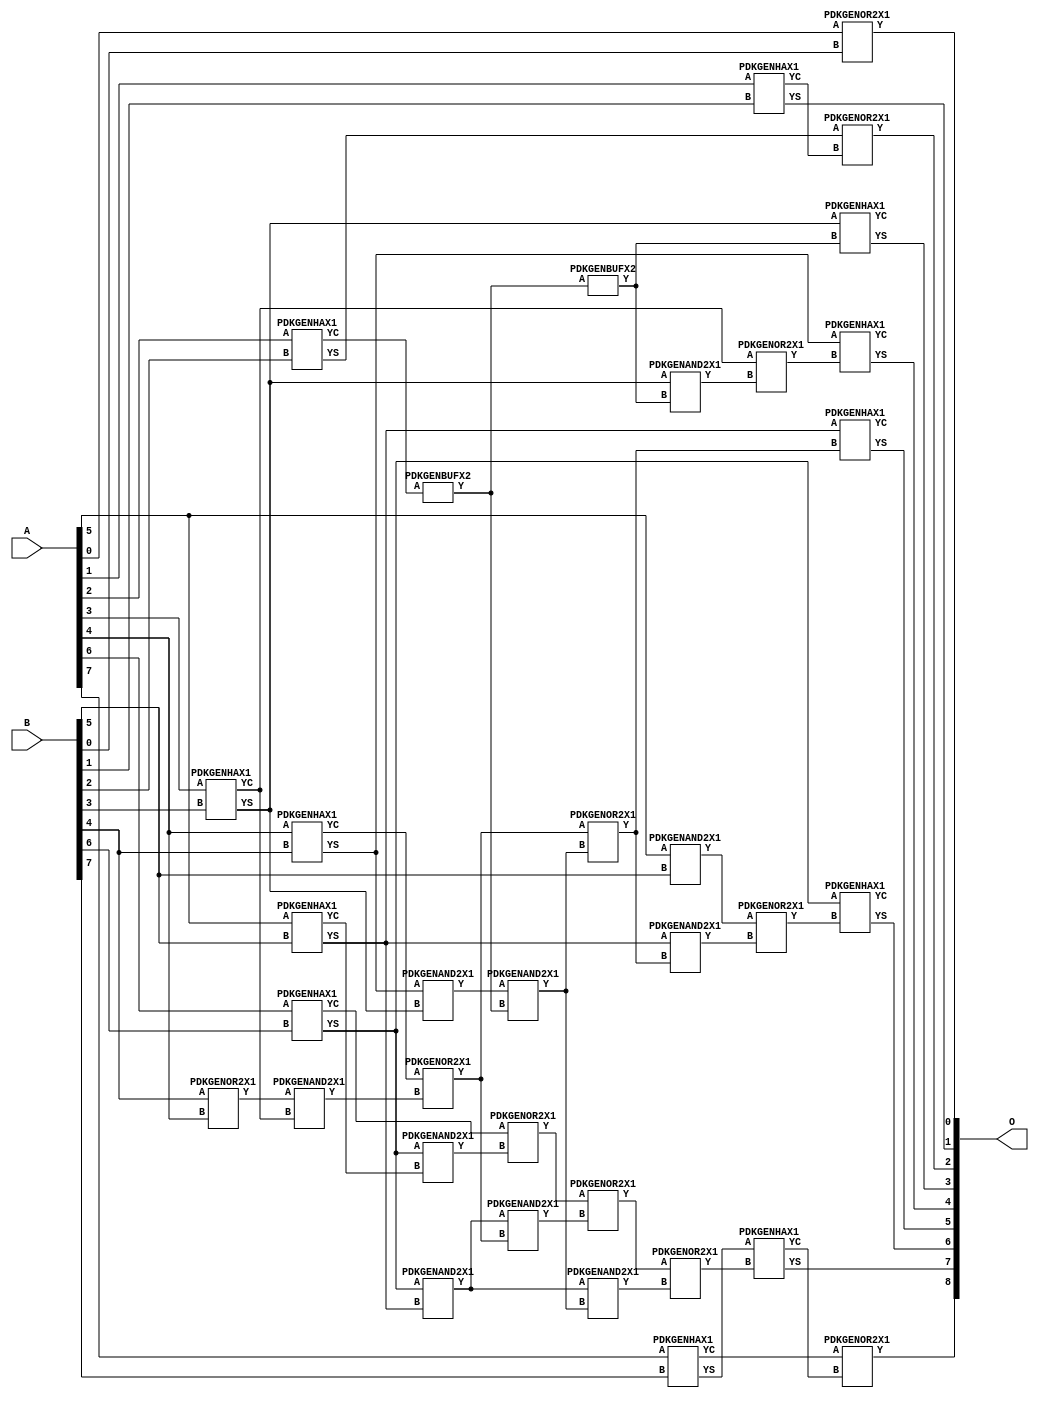
// This program was cloned from: https://github.com/ehw-fit/evoapproxlib
// License: MIT License

/***
* This code is a part of EvoApproxLib library (ehw.fit.vutbr.cz/approxlib) distributed under The MIT License.
* When used, please cite the following article(s): V. Mrazek, R. Hrbacek, Z. Vasicek and L. Sekanina, "EvoApprox8b: Library of approximate adders and multipliers for circuit design and benchmarking of approximation methods". Design, Automation & Test in Europe Conference & Exhibition (DATE), 2017, Lausanne, 2017, pp. 258-261. doi: 10.23919/DATE.2017.7926993 
* This file contains a circuit from a sub-set of pareto optimal circuits with respect to the pwr and ep parameters
***/
// MAE% = 0.16 %
// MAE = 0.8 
// WCE% = 0.98 %
// WCE = 5.0 
// WCRE% = 50.00 %
// EP% = 34.38 %
// MRE% = 0.40 %
// MSE = 2.5 
// PDK45_PWR = 0.026 mW
// PDK45_AREA = 63.8 um2
// PDK45_DELAY = 0.47 ns


module add8u_5NQ(A, B, O);
  input [7:0] A;
  input [7:0] B;
  output [8:0] O;
  wire [2031:0] N;
  assign N[0] = A[0];
  assign N[1] = A[0];
  assign N[2] = A[1];
  assign N[3] = A[1];
  assign N[4] = A[2];
  assign N[5] = A[2];
  assign N[6] = A[3];
  assign N[7] = A[3];
  assign N[8] = A[4];
  assign N[9] = A[4];
  assign N[10] = A[5];
  assign N[11] = A[5];
  assign N[12] = A[6];
  assign N[13] = A[6];
  assign N[14] = A[7];
  assign N[15] = A[7];
  assign N[16] = B[0];
  assign N[17] = B[0];
  assign N[18] = B[1];
  assign N[19] = B[1];
  assign N[20] = B[2];
  assign N[21] = B[2];
  assign N[22] = B[3];
  assign N[23] = B[3];
  assign N[24] = B[4];
  assign N[25] = B[4];
  assign N[26] = B[5];
  assign N[27] = B[5];
  assign N[28] = B[6];
  assign N[29] = B[6];
  assign N[30] = B[7];
  assign N[31] = B[7];
  PDKGENOR2X1 n32(.A(N[0]), .B(N[16]), .Y(N[32]));
  PDKGENHAX1 n40(.A(N[2]), .B(N[18]), .YS(N[40]), .YC(N[41]));
  PDKGENHAX1 n50(.A(N[4]), .B(N[20]), .YS(N[50]), .YC(N[51]));
  PDKGENHAX1 n58(.A(N[6]), .B(N[22]), .YS(N[58]), .YC(N[59]));
  PDKGENHAX1 n68(.A(N[8]), .B(N[24]), .YS(N[68]), .YC(N[69]));
  PDKGENHAX1 n78(.A(N[10]), .B(N[26]), .YS(N[78]), .YC(N[79]));
  PDKGENHAX1 n86(.A(N[12]), .B(N[28]), .YS(N[86]), .YC(N[87]));
  PDKGENOR2X1 n88(.A(N[24]), .B(N[8]), .Y(N[88]));
  PDKGENHAX1 n96(.A(N[14]), .B(N[30]), .YS(N[96]), .YC(N[97]));
  PDKGENAND2X1 n110(.A(N[10]), .B(N[26]), .Y(N[110]));
  assign N[111] = N[110];
  PDKGENBUFX2 n124(.A(N[51]), .Y(N[124]));
  assign N[125] = N[124];
  PDKGENAND2X1 n134(.A(N[88]), .B(N[59]), .Y(N[134]));
  PDKGENAND2X1 n142(.A(N[68]), .B(N[58]), .Y(N[142]));
  assign N[143] = N[142];
  PDKGENOR2X1 n152(.A(N[69]), .B(N[134]), .Y(N[152]));
  PDKGENAND2X1 n162(.A(N[86]), .B(N[79]), .Y(N[162]));
  PDKGENAND2X1 n170(.A(N[86]), .B(N[78]), .Y(N[170]));
  PDKGENOR2X1 n180(.A(N[87]), .B(N[162]), .Y(N[180]));
  PDKGENBUFX2 n198(.A(N[125]), .Y(N[198]));
  assign N[199] = N[198];
  PDKGENAND2X1 n208(.A(N[143]), .B(N[125]), .Y(N[208]));
  assign N[209] = N[208];
  PDKGENOR2X1 n226(.A(N[152]), .B(N[209]), .Y(N[226]));
  assign N[227] = N[226];
  PDKGENAND2X1 n236(.A(N[170]), .B(N[152]), .Y(N[236]));
  PDKGENAND2X1 n244(.A(N[170]), .B(N[208]), .Y(N[244]));
  assign N[245] = N[244];
  PDKGENOR2X1 n254(.A(N[180]), .B(N[236]), .Y(N[254]));
  PDKGENOR2X1 n292(.A(N[254]), .B(N[245]), .Y(N[292]));
  assign N[293] = N[292];
  PDKGENAND2X1 n320(.A(N[58]), .B(N[199]), .Y(N[320]));
  PDKGENOR2X1 n328(.A(N[59]), .B(N[320]), .Y(N[328]));
  PDKGENAND2X1 n338(.A(N[78]), .B(N[227]), .Y(N[338]));
  PDKGENOR2X1 n348(.A(N[111]), .B(N[338]), .Y(N[348]));
  PDKGENOR2X1 n366(.A(N[50]), .B(N[41]), .Y(N[366]));
  PDKGENHAX1 n376(.A(N[58]), .B(N[198]), .YS(N[376]), .YC(N[377]));
  PDKGENHAX1 n384(.A(N[68]), .B(N[328]), .YS(N[384]), .YC(N[385]));
  PDKGENHAX1 n394(.A(N[78]), .B(N[226]), .YS(N[394]), .YC(N[395]));
  PDKGENHAX1 n404(.A(N[86]), .B(N[348]), .YS(N[404]), .YC(N[405]));
  PDKGENHAX1 n412(.A(N[96]), .B(N[293]), .YS(N[412]), .YC(N[413]));
  PDKGENOR2X1 n422(.A(N[97]), .B(N[413]), .Y(N[422]));
  assign O[0] = N[32];
  assign O[1] = N[40];
  assign O[2] = N[366];
  assign O[3] = N[376];
  assign O[4] = N[384];
  assign O[5] = N[394];
  assign O[6] = N[404];
  assign O[7] = N[412];
  assign O[8] = N[422];
endmodule


/* mod */
module PDKGENAND2X1(input A, input B, output Y );
     assign Y = A & B;
endmodule
/* mod */
module PDKGENOR2X1(input A, input B, output Y );
     assign Y = A | B;
endmodule
/* mod */
module PDKGENHAX1( input A, input B, output YS, output YC );
    assign YS = A ^ B;
    assign YC = A & B;
endmodule
/* mod */
module PDKGENBUFX2(input A, output Y );
     assign Y = A;
endmodule